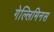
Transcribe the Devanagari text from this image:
गेल्‍लिमिनस